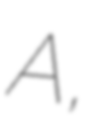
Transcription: A,